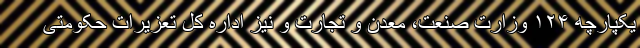
یکپارچه ۱۲۴ وزارت صنعت، معدن و تجارت و نیز اداره کل تعزیرات حکومتی